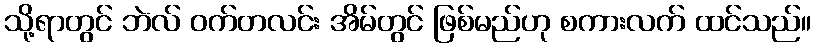
သို့ရာတွင် ဘဲလ် ဝက်တလင်း အိမ်တွင် ဖြစ်မည်ဟု စကားလက် ထင်သည်။